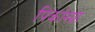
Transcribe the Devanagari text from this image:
पिकांसह